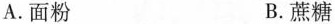
A.面粉 B.蔗糖